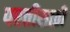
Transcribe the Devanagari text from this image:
परतीसाठी